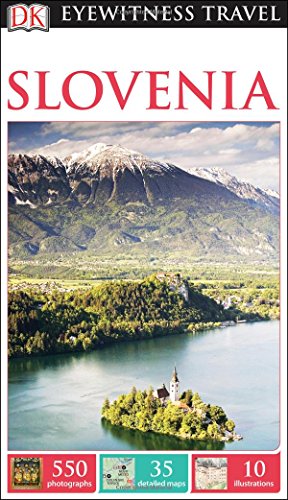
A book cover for DK Eyewitness Travel Guide: Slovenia; DK Publishing; Travel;